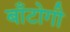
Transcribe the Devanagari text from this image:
बाँटोगी